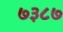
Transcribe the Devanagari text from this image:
७३८७